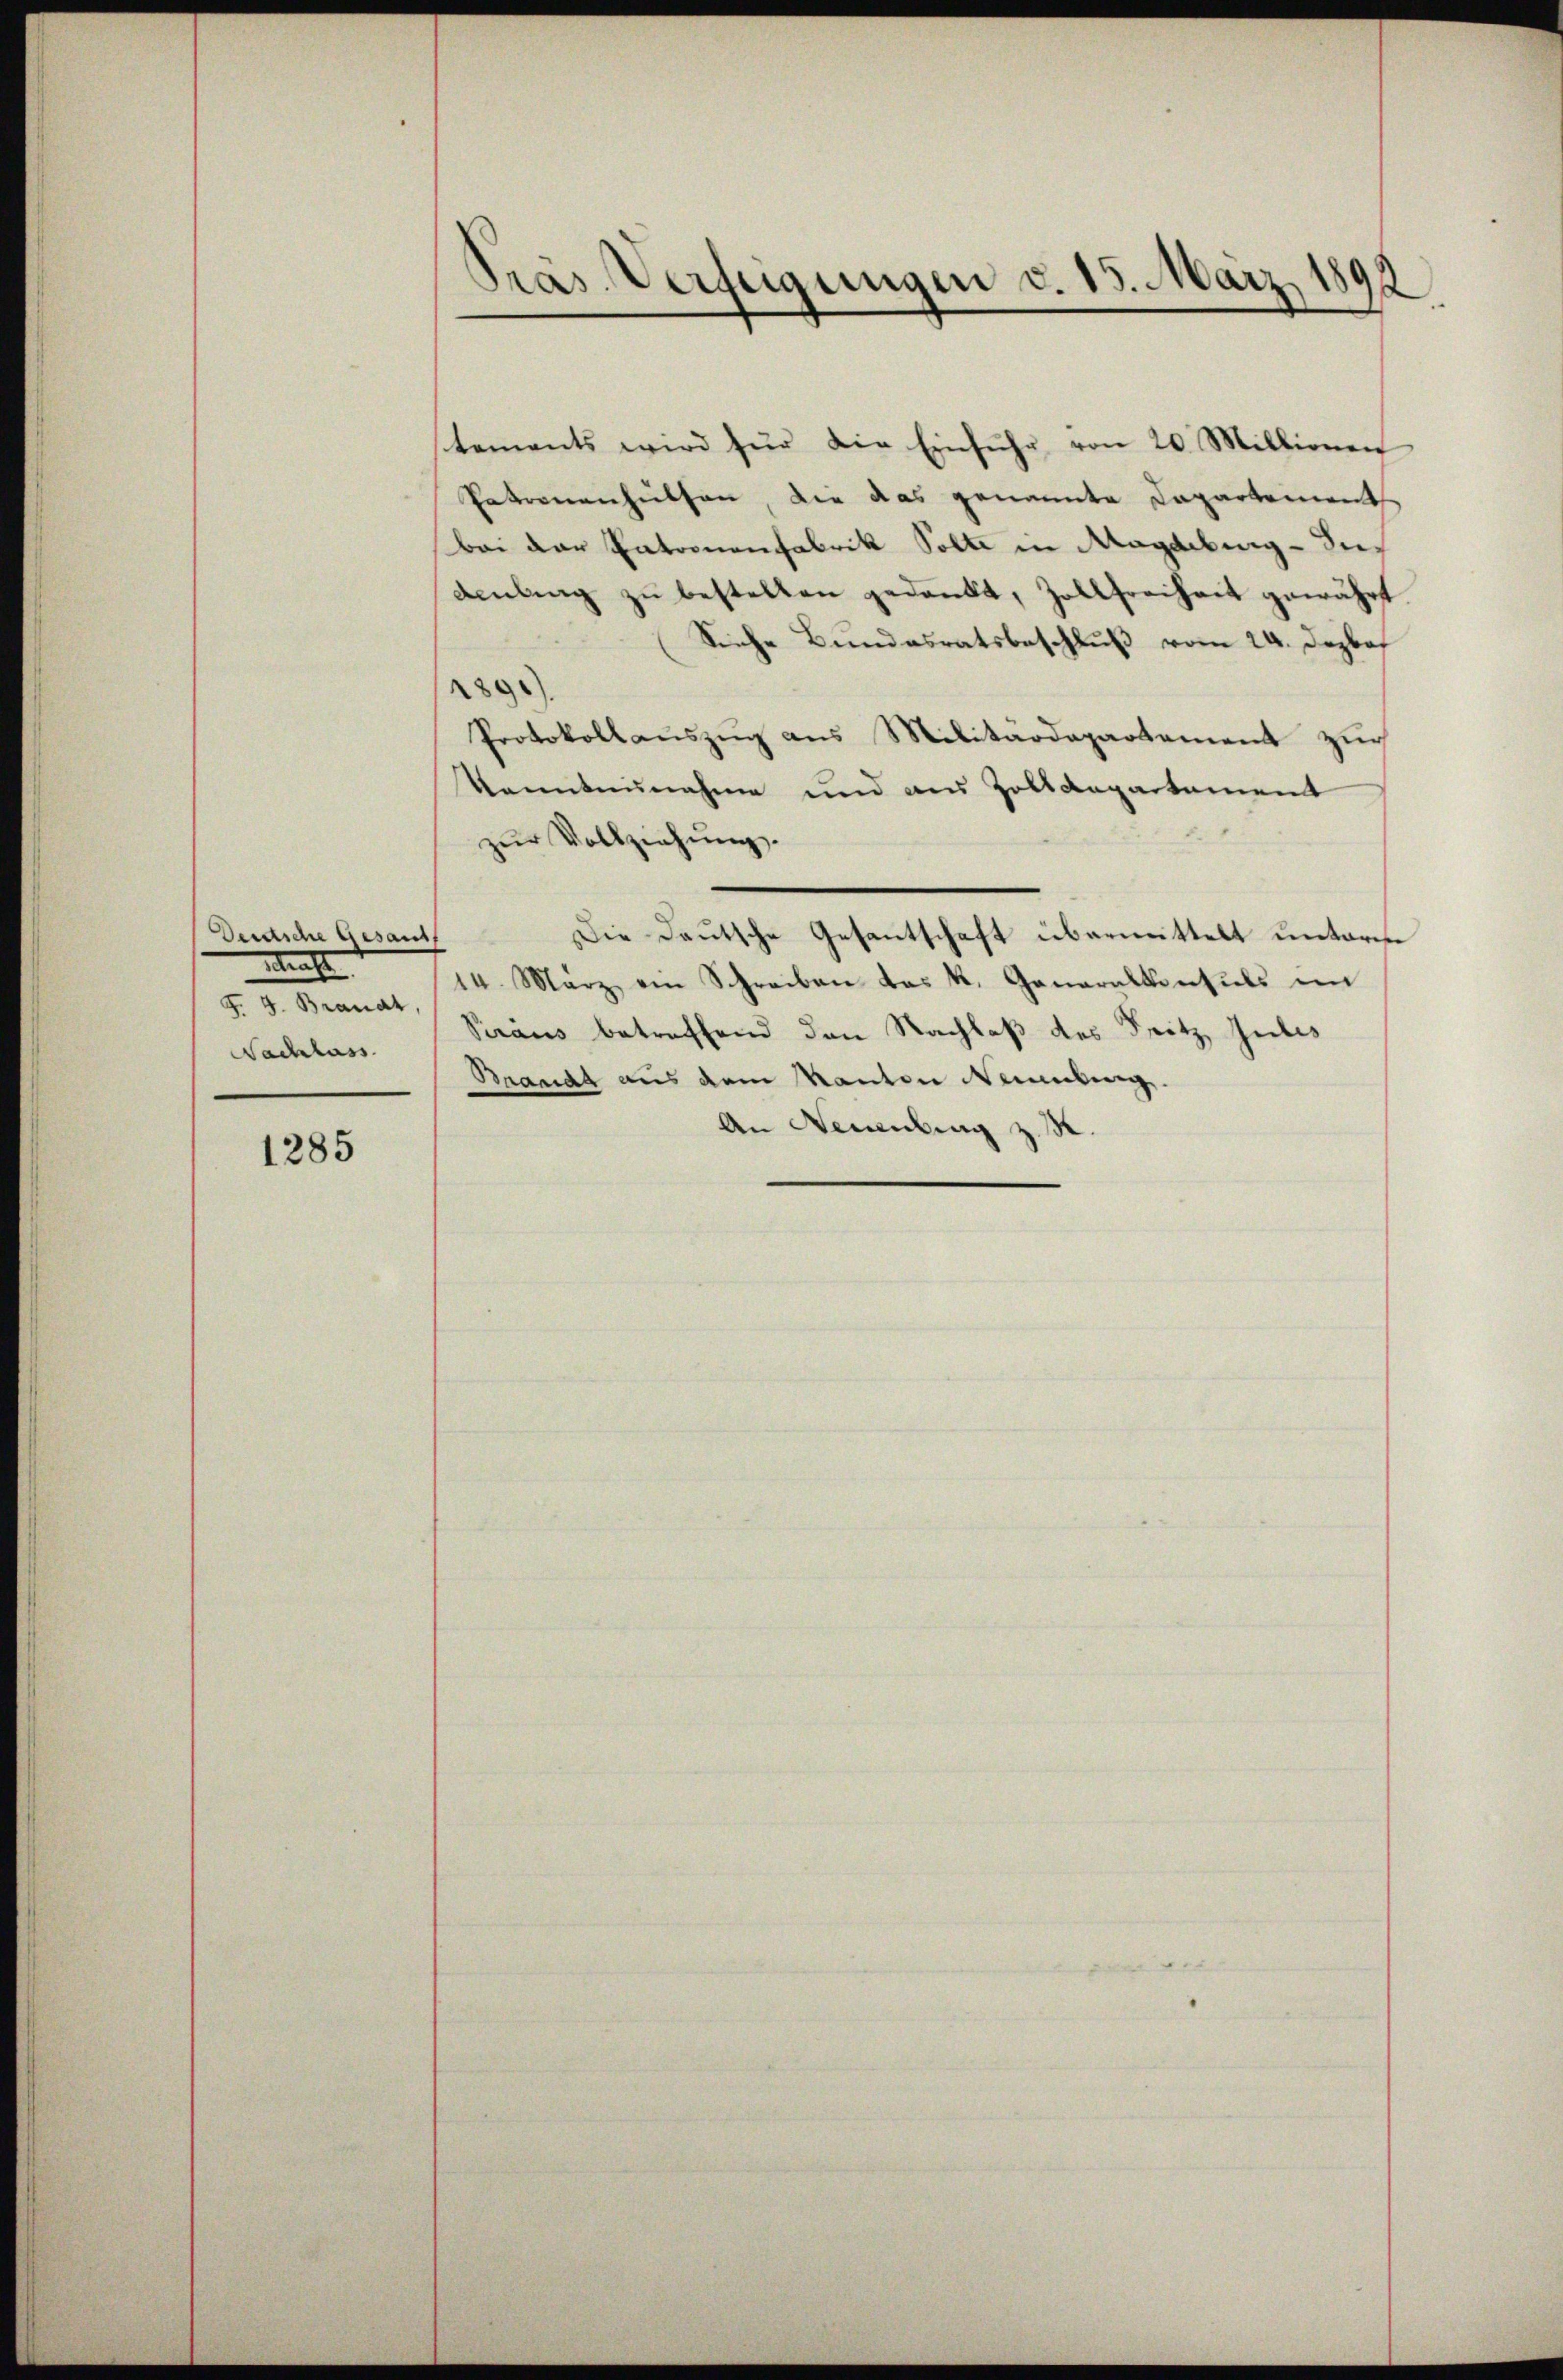
Derdsche Gesandt
eal
§. 3. Granat
Nachlass

1285

Präs. Verfügungen v. 15. März 1892

stements wird für die Einführ von 20 Millionen
Patronenhütten, die das genannte Capartemente
bei der Patronenfabrik Solte in Magdeburg - dies
denling zu bestellen gedankt, Zollfreiheit gewährt
Siche Bundesratsbeschluß vom 24. Dezbos
229)
Protokollaŭszŭg ans Militärdepartement zŭr
kanntennahme und aus Zolldepartement
zŭr Vollziehŭng.
Die Deutsche Gesantschaft übermittelt unterre
14. März ein Schreiben das k. Generalkonsuls in
Seraus betreffend den Nachlaß des Fritz Gutes
Brandt aus dem Manten Naumburg.
An Neculing z. B.